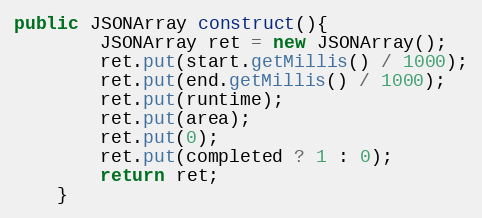
Language: Java
public JSONArray construct(){
        JSONArray ret = new JSONArray();
        ret.put(start.getMillis() / 1000);
        ret.put(end.getMillis() / 1000);
        ret.put(runtime);
        ret.put(area);
        ret.put(0);
        ret.put(completed ? 1 : 0);
        return ret;
    }